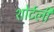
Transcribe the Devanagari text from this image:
शोर्टली